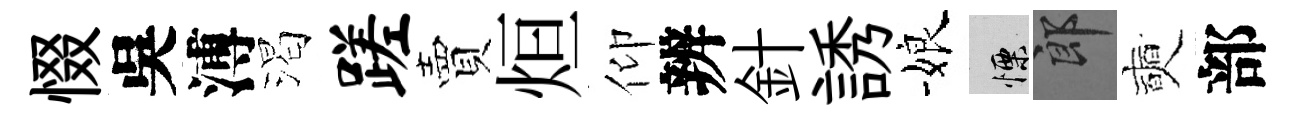
惙吳溥渴蹉賣烜仰辨針誘娘慄郎奭部